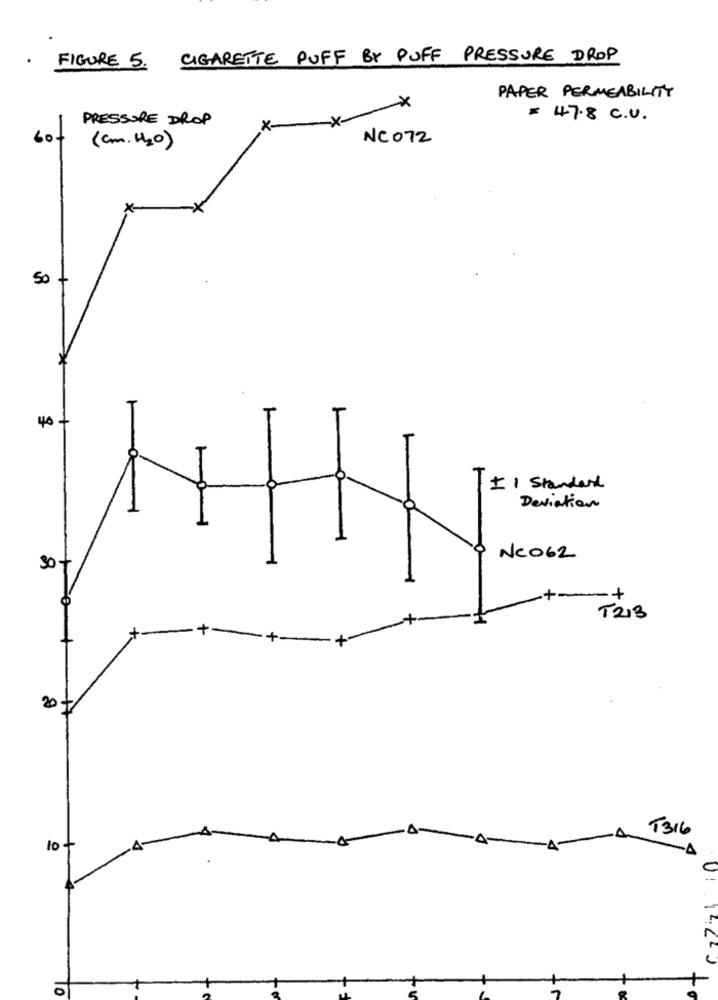
· FIGURE 5. CIGARETTE PUFF BY PUFF PRESSURE DROP
PAPER PERMEABILITY
-x
PRESSURE DROP
-X-
= 47.8 C.U.
X
bot
(cm.H2O)
NC072
50
40 +
+ 1 Standard
-
Deviation
Neo62
30 +
-+-
-+
T213
+-
+-
+-+-
20
T316
10 +
-4
-A